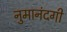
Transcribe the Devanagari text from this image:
नुमानंदगी